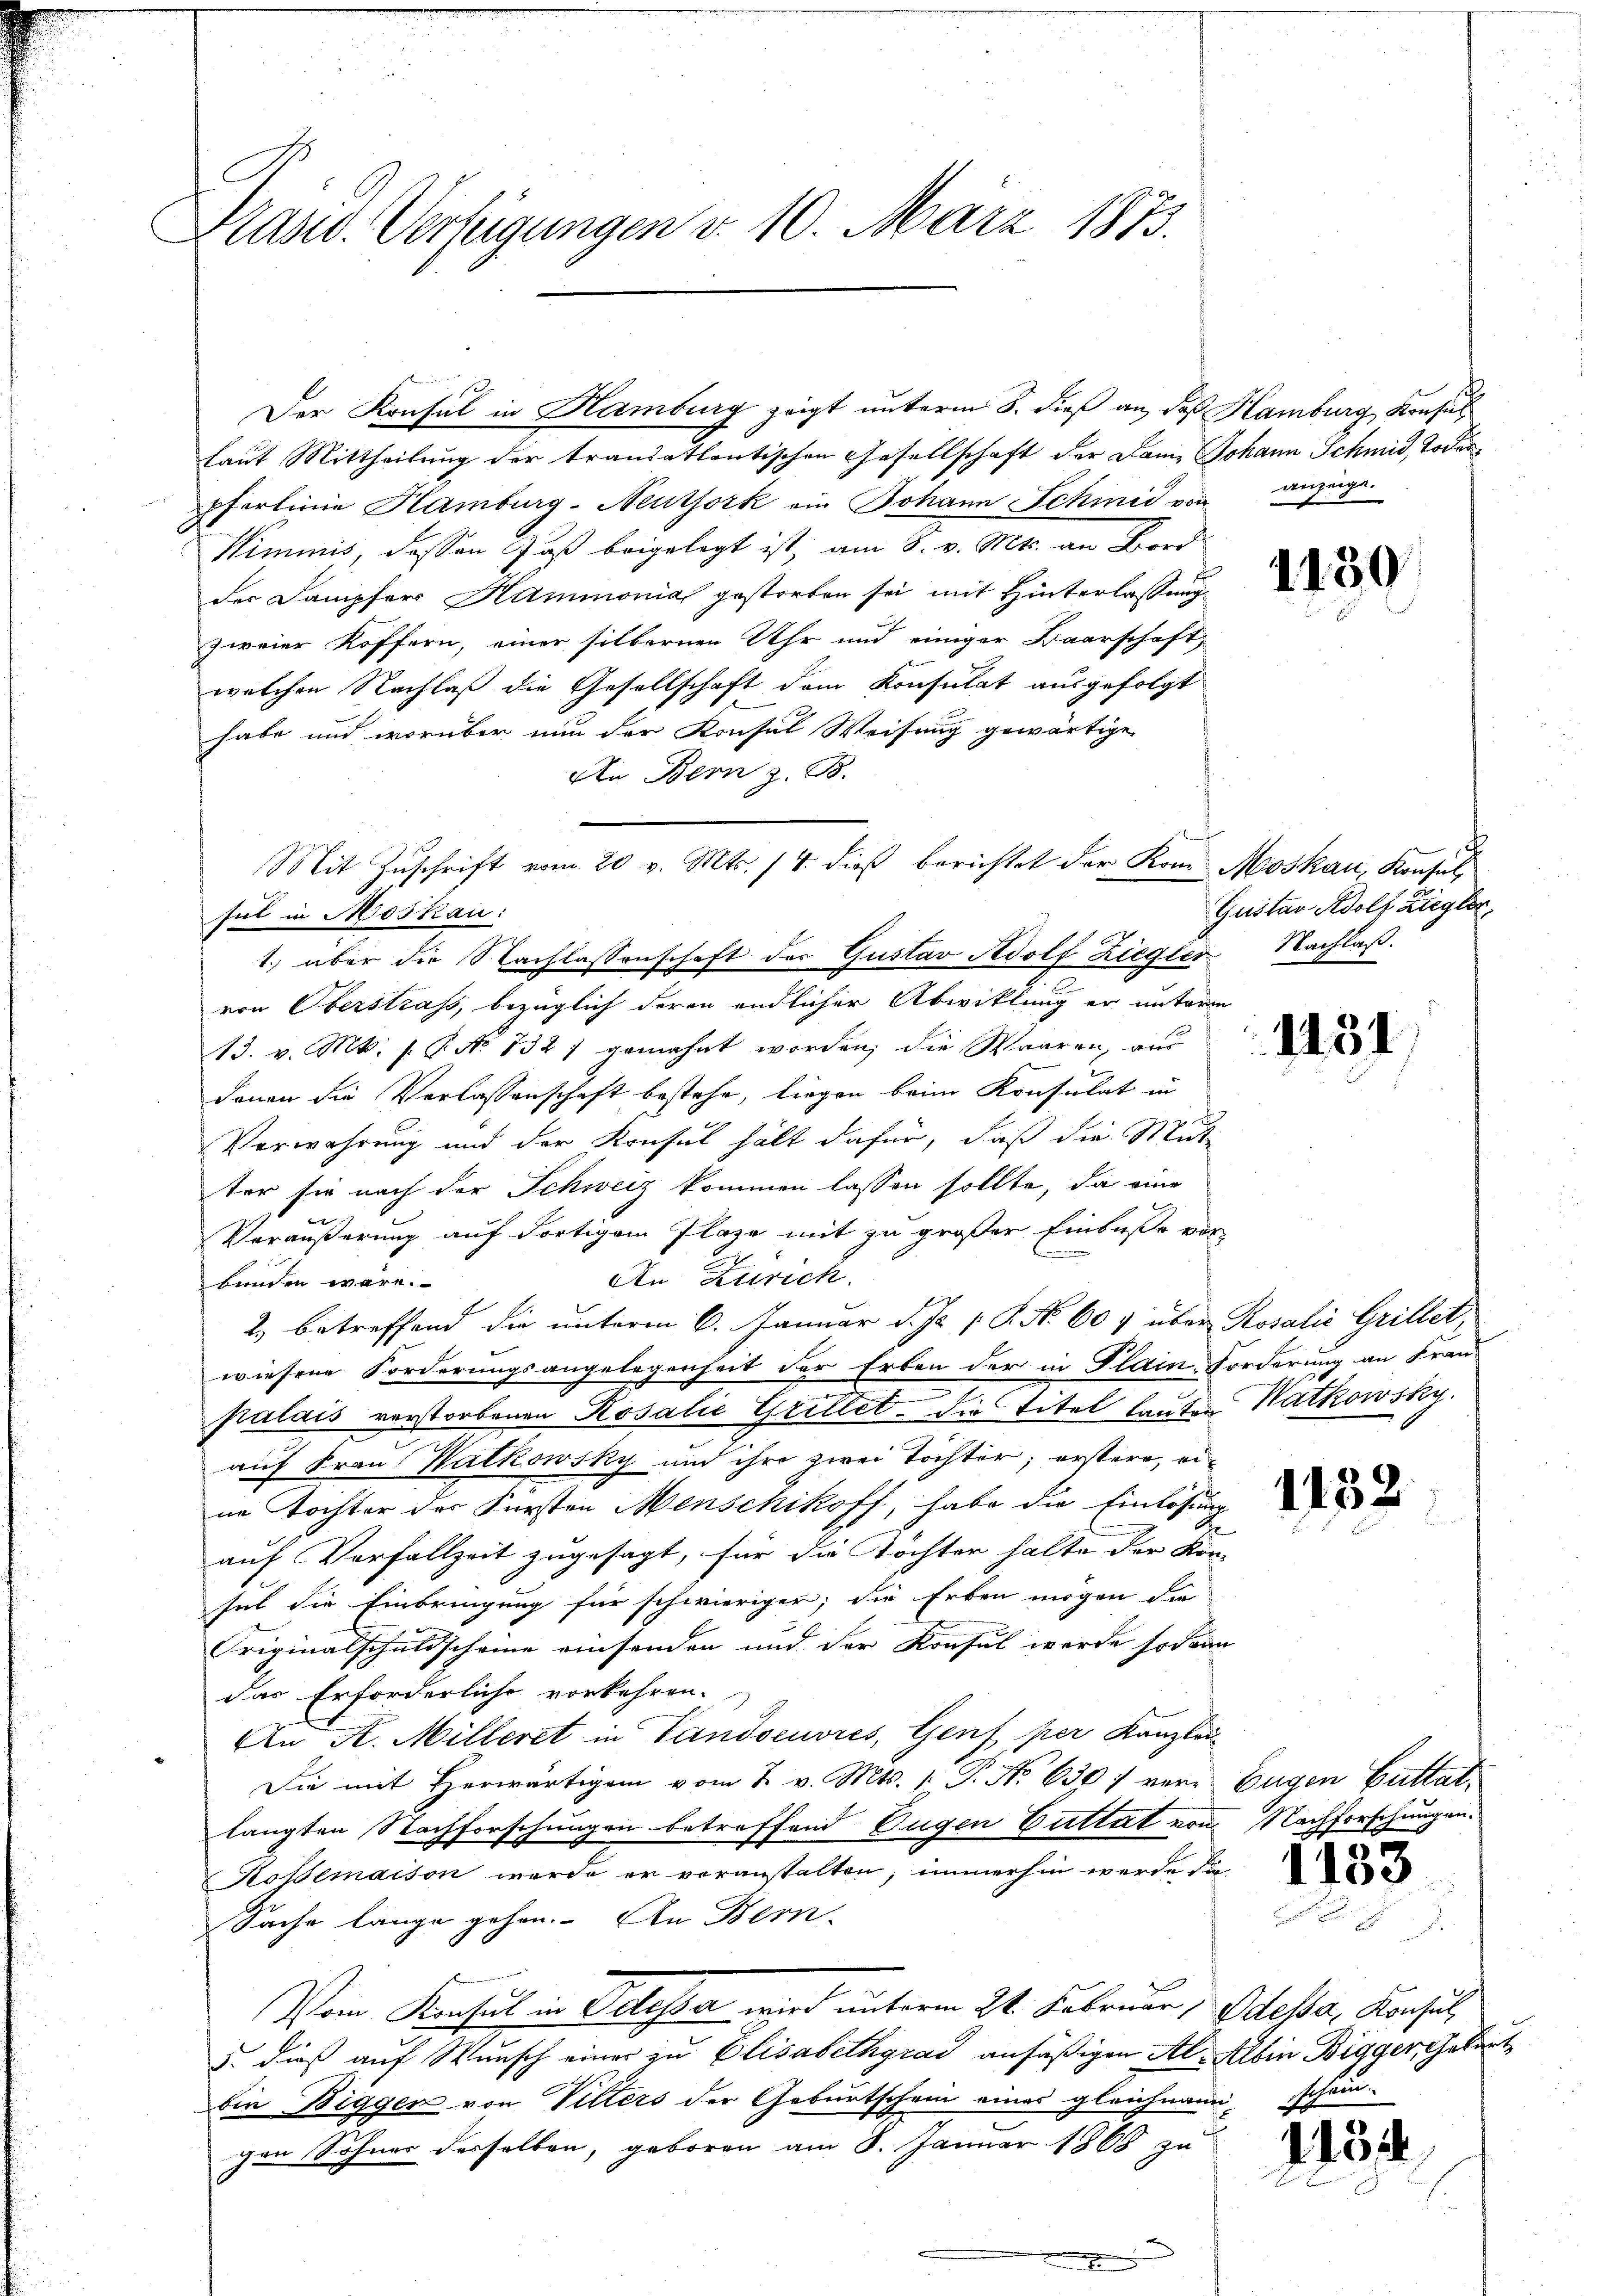
Präsid. Verfügungen d. 10. März 1873.

Der Konsul in Hamburg zeigt unterm 8. dieß an, daß Hamburg, Konsul
laut Mittheilung der trandatlantischen Gesellschaft der Dame Johann Schmid, Todespferlinie Hamburg-Neuthork ein Johann Schmid von anzüge.
Himmnis, dessen Fuß beigelegt ist; am 8. v. Mts. an Bord
der Dampfers Hammonia gestorben sei mit Hinterlassung
zweier Koffern, einer silbernen Uhr und einiger Baarschaft,
welchen Nachlaß die Gesellschaft dem Konsulat ausgefolgt
habe und worüber nun der Konsul Weisung gewärtige,
An Bern z. B.
sul in Moskau:
1.) über die Nachlassenschaft des Gustav Adolf Ziegler Nachlaß.
von Oberstrass, bezüglich deren endlicher Abwicklung er unterm
13. v. Mt. s. Z. No 132) gemahnt worden; die Waaren, aus
denen die Verlassenschaft bestehe, liegen beim Konsulat in
Verwahrung und der Konsul hält dafür, daß die Mut
ter sie nach der Schweiz kommen lassen sollte, da eine
Veräußerung auf dortigem Plaze mit zu großer Einbuße vor-
An Zürich.
bunden wäre.
2. betreffend die unterm 6. Januar d. Js. p. P. Nr. 607 über Rosalie Grillet,
wiesene Forderungsangelegenheit der Erben der in Plain Forderung an Freu
.
palais verstorbenen Rosalić Grillet, die Titel lauten Natkowsky.
auf Frau Walkowsky und ihre zwei Töchter; erstere, eine Tochter der Fürsten Menschikoff, habe die Einlösung
auf Vorfallzeit zugesagt, für die Töchter halte der Kon-
sul die Einbringung für schwieriger, die Erben mögen die
Criginalschuldscheine einsenden und der Konsul werde sodann
das Erforderliche vorkehren.
An A. Milleret in Tandoeuvres, Genf per Kanzlei-
Die mit herwärtigen vom 2. v. Mts. 1. P. No 630 f vor Eugen Guttat,
langten Nachforschungen betreffend Tugen Guttat von
Kotsemaison werde er voranstalten, immerhin werde die
Sache lange gehen. An Bern.
Vom Konsul in Oelessa wird unterm 24. Februar, Odessa, Konsul
5. dieß auf Wunsch einer zu Elisabethgrad ansäßigen Al-Albin Digger, Gobat
bin Bigger von Pitters der Geburtschein eines gleichnamigen Sohner desselben, geboren am 8. Januar 1868 zu

Mit Zuschrift vom 20 v. Mts. 14. dieß berichtet der Kom Moskau, Konsul

1150

Gustav Adolf Ziegler,

1451

1132

Nachforschungen.

1133

tein.

1154